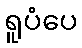
ရူပံပေ